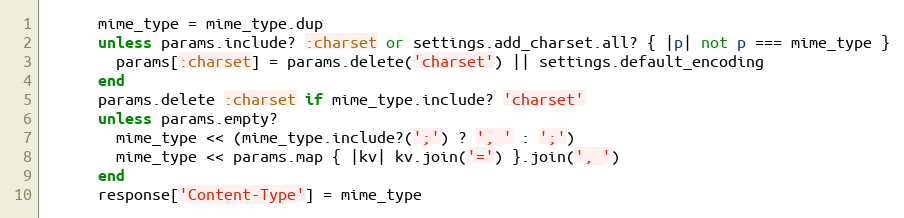
Language: Ruby
      mime_type = mime_type.dup
      unless params.include? :charset or settings.add_charset.all? { |p| not p === mime_type }
        params[:charset] = params.delete('charset') || settings.default_encoding
      end
      params.delete :charset if mime_type.include? 'charset'
      unless params.empty?
        mime_type << (mime_type.include?(';') ? ', ' : ';')
        mime_type << params.map { |kv| kv.join('=') }.join(', ')
      end
      response['Content-Type'] = mime_type